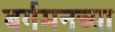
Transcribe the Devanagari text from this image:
बर्गमनच्या